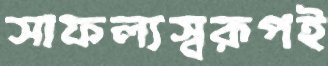
সাফল্যস্বরূপই